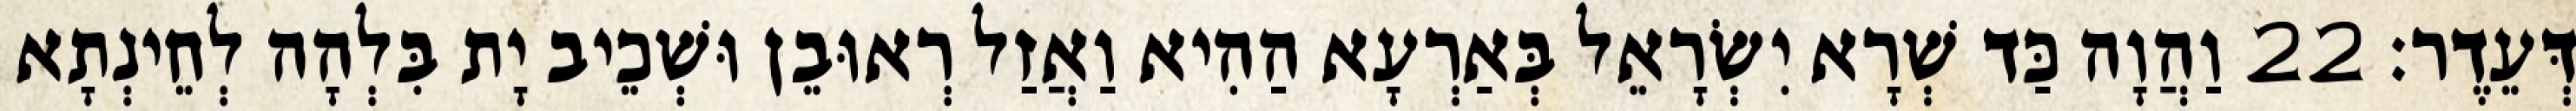
דְּעֵדֶר׃ 22 וַהֲוָה כַּד שְׁרָא יִשְׂרָאֵל בְּאַרְעָא הַהִיא וַאֲזַל רְאוּבֵן וּשְׁכֵיב יָת בִּלְהָה לְחֵינְתָא